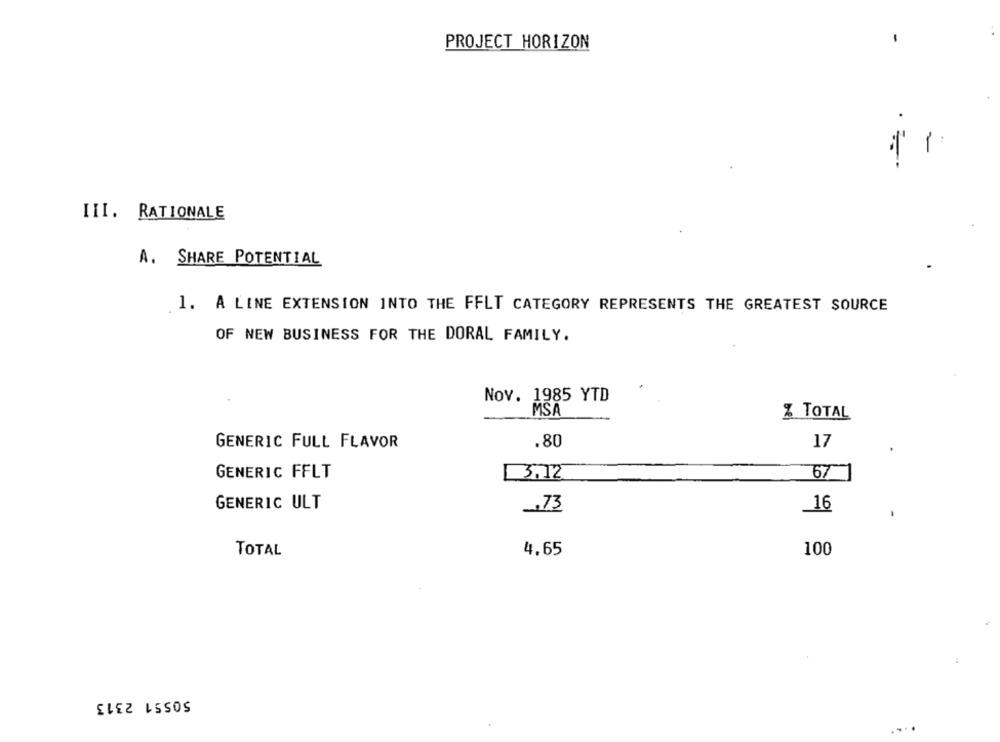
PROJECT HORIZON
·=
III. RATIONALE
A. SHARE POTENTIAL
1. A LINE EXTENSION INTO THE FFLT CATEGORY REPRESENTS THE GREATEST SOURCE
OF NEW BUSINESS FOR THE DORAL FAMILY.
Nov. 1985 YTD
MSA
Z TOTAL
GENERIC FULL FLAVOR
.80
17
GENERIC FFLT
3.12
67
GENERIC ULT
,73
16
TOTAL
4,65
100
50551 2313